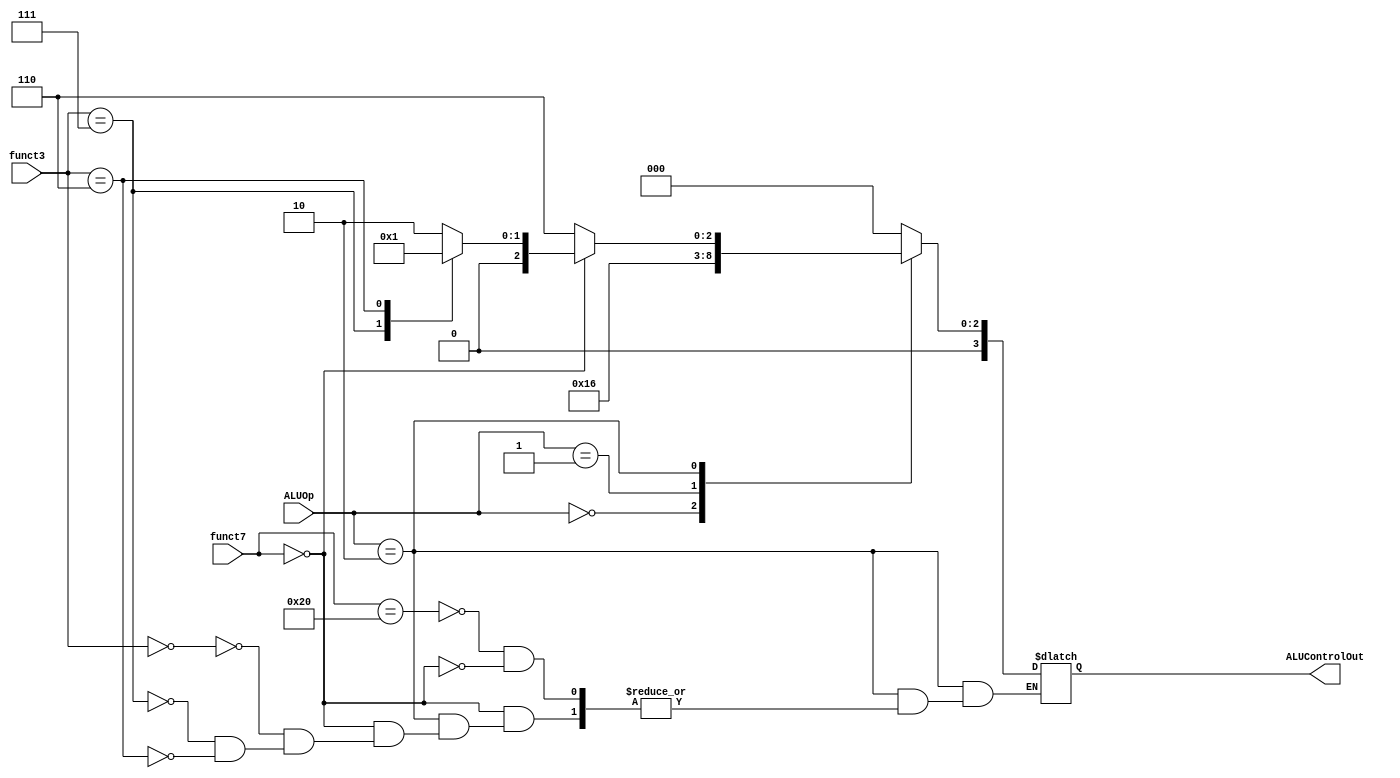
`timescale 1ns / 1ps
//////////////////////////////////////////////////////////////////////////////////
// Company: 
// Engineer: 
// 
// Design Name: 
// Module Name: ALU_Control
// Project Name: 
// Target Devices: 
// Tool Versions: 
// Description: 
// 
// Dependencies: 
// 
// Revision:
// Revision 0.01 - File Created
// Additional Comments:
// 
//////////////////////////////////////////////////////////////////////////////////


module ALU_Control (
    input wire [1:0] ALUOp, // ALUOp input
    input wire [6:0] funct7, // funct7 field of the instruction
    input wire [2:0] funct3, // funct3 field of the instruction
    output reg [3:0] ALUControlOut // ALU control output
);

 localparam SUB = 4'b0110; // ALU control input for Subtract operation
 localparam ADD = 4'b0010; // ALU control input for Add operation
 localparam AND = 4'b0000; // ALU control input for AND operation
 localparam OR =  4'b0001; // ALU control input for OR operation
 
 // ALU control logic
 always @(*) begin
    case(ALUOp)
        2'b00: ALUControlOut = 4'b0010; //If ALU OP is 00, then ALU adds (for ld/sd)
        2'b01: ALUControlOut = SUB;     //If ALU OP is 01, then ALU subtracts (for beq)
        //2'b11: ALUControlOut = SUB;     //If ALU OP is 11, then ALU subtracts (for BNE)
        2'b10: begin                    //R-Type instructions ALU OP 
            case(funct7)
                7'b0100000: ALUControlOut = SUB;  //Only subtraction has a different FUNCT7 field
                7'b0000000: begin       //For the other three r-type operations
                    case (funct3)       //Same funct7 but different funct3 for these operations
                        3'b000: ALUControlOut = ADD;    //funct3 is 000 for ADD operation 
                        3'b111: ALUControlOut = AND;    //funct3 is 111 for AND operation
                        3'b110: ALUControlOut = OR;     //funct3 is 110 for OR operation
                    endcase
                end
           endcase
        end
        default: ALUControlOut = 4'b0000;
     endcase
 end
endmodule